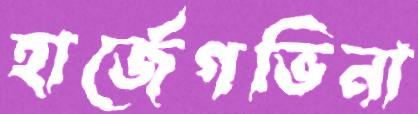
হার্জেগভিনা